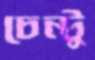
চেন্টু